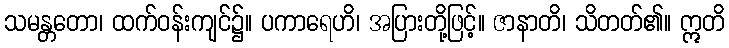
သမန္တတော၊ ထက်ဝန်းကျင်၌။ ပကာရေဟိ၊ အပြားတို့ဖြင့်။ ဇာနာတိ၊ သိတတ်၏။ ဣတိ